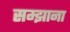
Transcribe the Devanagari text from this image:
सम्झाना